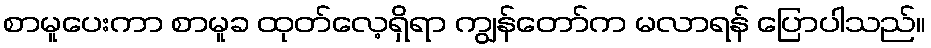
စာမူပေးကာ စာမူခ ထုတ်လေ့ရှိရာ ကျွန်တော်က မလာရန် ပြောပါသည်။